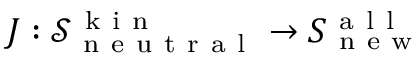
J : \mathcal { S } _ { \mathrm { ~ n ~ e ~ u ~ t ~ r ~ a ~ l ~ } } ^ { \mathrm { ~ k ~ i ~ n ~ } } \to S _ { \mathrm { ~ n ~ e ~ w ~ } } ^ { \mathrm { ~ a ~ l ~ l ~ } }